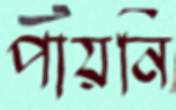
পায়নি